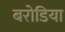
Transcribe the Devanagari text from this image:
बरोडिया